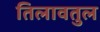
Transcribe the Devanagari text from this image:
तिलावतुल